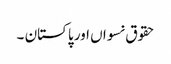
حقوق نسواں اور پاکستان ۔